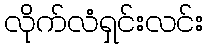
လိုက်လံရှင်းလင်း